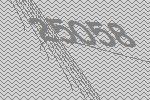
25058